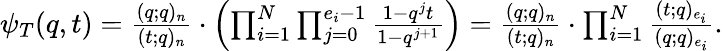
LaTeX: \begin{array}{r}{\psi_{T}(q,t)=\frac{(q;q)_{n}}{(t;q)_{n}}\cdot\left(\prod_{i=1}^{N}\prod_{j=0}^{e_{i}-1}\frac{1-q^{j}t}{1-q^{j+1}}\right)=\frac{(q;q)_{n}}{(t;q)_{n}}\cdot\prod_{i=1}^{N}\frac{(t;q)_{e_{i}}}{(q;q)_{e_{i}}}.}\end{array}